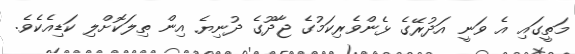
މަތީގައި އެ ވަނީ އަދުރޭގެ ޅެންވެރިކަމުގެ ޖާދޫގެ ދުނިޔެ އިން ތިލަކޮށްލި ކަޑިއެކެވެ.